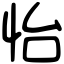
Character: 怡